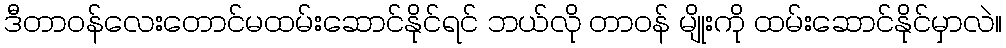
ဒီတာဝန်လေးတောင်မထမ်းဆောင်နိုင်ရင် ဘယ်လို တာဝန် မျိုးကို ထမ်းဆောင်နိုင်မှာလဲ။